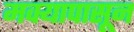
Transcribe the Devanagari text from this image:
मक्यापासून